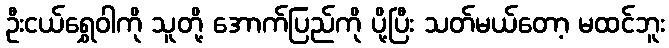
ဦးငယ်ရွှေဝါကို သူတို့ အောက်ပြည်ကို ပို့ပြီး သတ်မယ်တော့ မထင်ဘူး